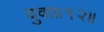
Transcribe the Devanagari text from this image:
युवा॥१२॥